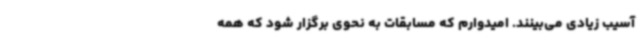
آسیب زیادی می‌بینند. امیدوارم که مسابقات به نحوی برگزار شود که همه